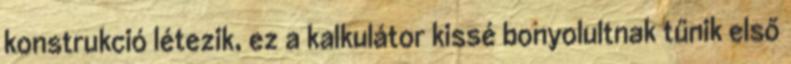
konstrukció létezik, ez a kalkulátor kissé bonyolultnak tűnik első